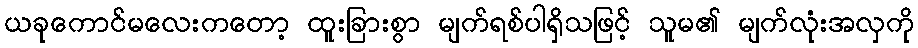
ယခုကောင်မလေးကတော့ ထူးခြားစွာ မျက်ရစ်ပါရှိသဖြင့် သူမ၏ မျက်လုံးအလှကို